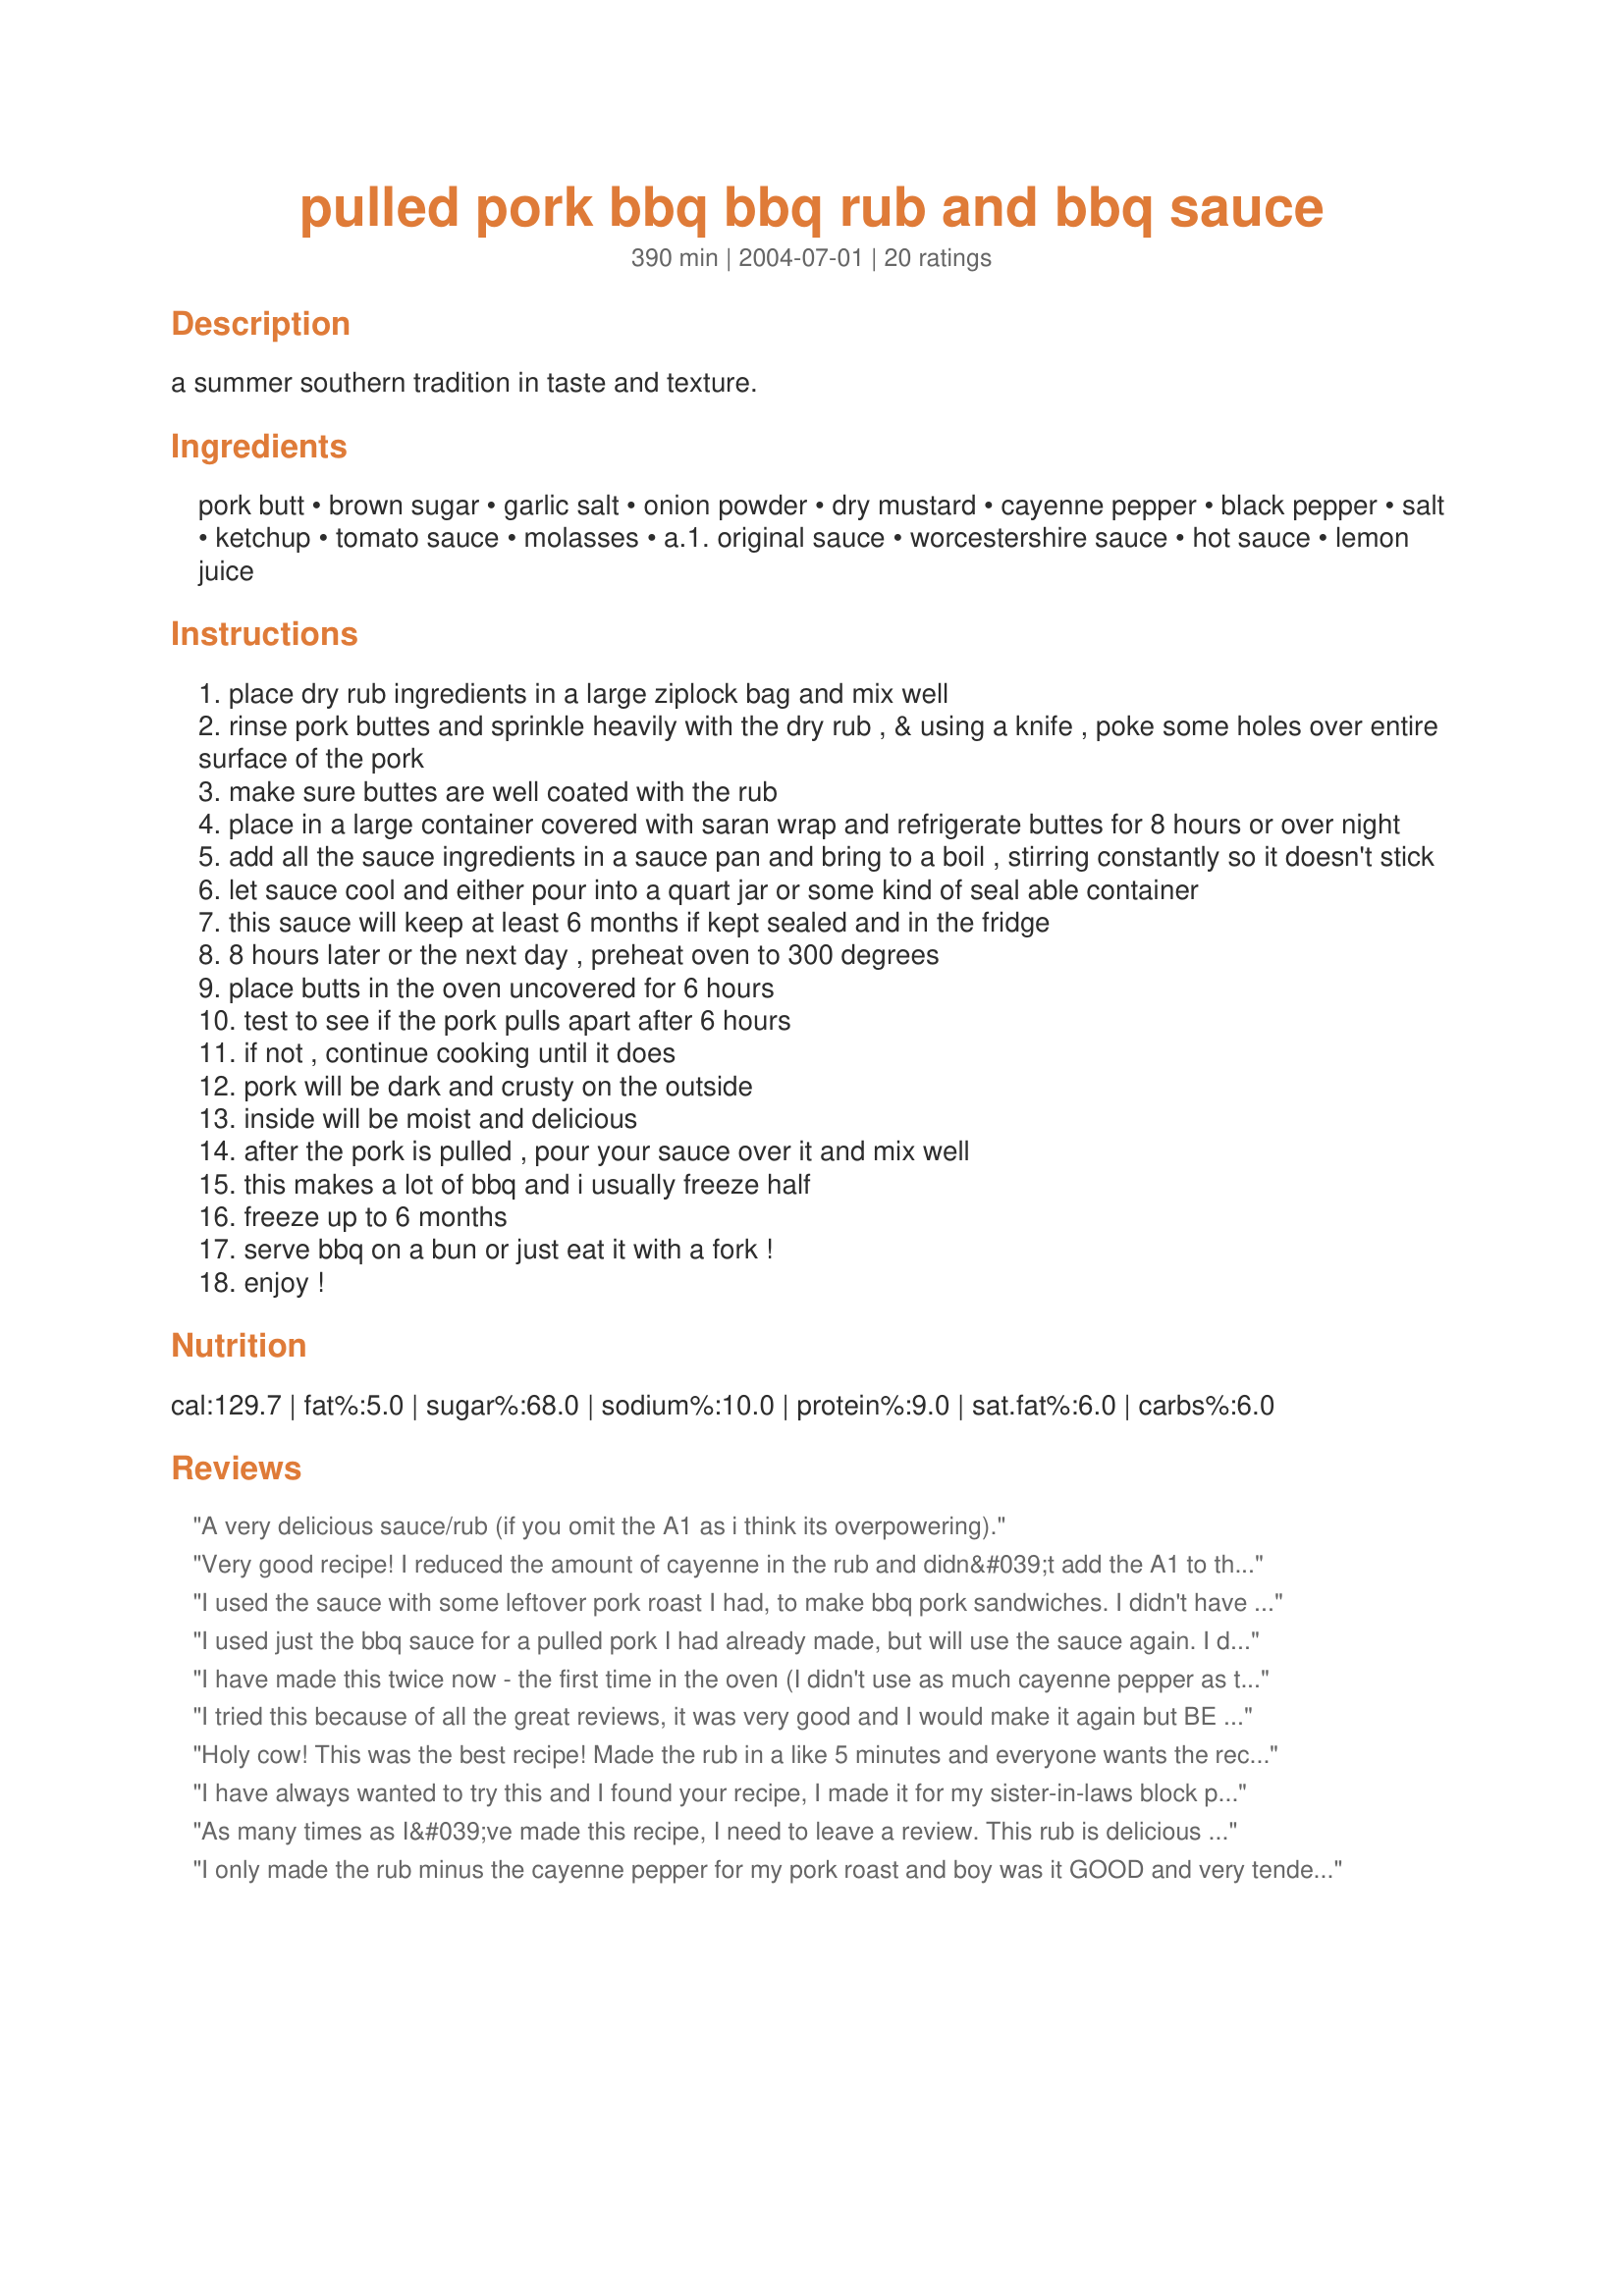
pulled pork bbq bbq rub and bbq sauce
Preparation time: 390 minutes

a summer southern tradition in taste and texture.

Ingredients:
pork butt, brown sugar, garlic salt, onion powder, dry mustard, cayenne pepper, black pepper, salt, ketchup, tomato sauce, molasses, a.1. original sauce, worcestershire sauce, hot sauce, lemon juice

Steps:
place dry rub ingredients in a large ziplock bag and mix well
rinse pork buttes and sprinkle heavily with the dry rub , & using a knife , poke some holes over entire surface of the pork
make sure buttes are well coated with the rub
place in a large container covered with saran wrap and refrigerate buttes for 8 hours or over night
add all the sauce ingredients in a sauce pan and bring to a boil , stirring constantly so it doesn't stick
let sauce cool and either pour into a quart jar or some kind of seal able container
this sauce will keep at least 6 months if kept sealed and in the fridge
8 hours later or the next day , preheat oven to 300 degrees
place butts in the oven uncovered for 6 hours
test to see if the pork pulls apart after 6 hours
if not , continue cooking until it does
pork will be dark and crusty on the outside
inside will be moist and delicious
after the pork is pulled , pour your sauce over it and mix well
this makes a lot of bbq and i usually freeze half
freeze up to 6 months
serve bbq on a bun or just eat it with a fork !
enjoy !

Reviews:
A very delicious sauce/rub (if you omit the A1 as i think its overpowering).
Very good recipe! I reduced the amount of cayenne in the rub and didn&#039;t add the A1 to the sauce. The sauce was very sweet, so would probably reduce the molasses and brown sugar next time. Make in the crock pot for a hot summer day&#039;s dinner!
I used the sauce with some leftover pork roast I had, to make bbq pork sandwiches. I didn't have any molasses so I used honey instead, though 1/2 as much. It tasted really good, but pretty sweet. It could probably used a tad less brown sugar and/or molasses. Other than that, it was pretty tasty!
I used just the bbq sauce for a pulled pork I had already made, but will use the sauce again. I did find it too sweet and would reduce the molasses down to 3/4 or even a 1/2 cup and that would be plenty sweet for a general sauce. 

Simple and I already had pretty much everything in my fridge. I didn't find that the sauce was hot at all and could easily stand more heat.
I have made this twice now - the first time in the oven (I didn't use as much cayenne pepper as the recipe called for); brought it to work for my co-worker &quot;guinea pigs&quot; to try and WE ALL LOVED IT. Then I did the same thing for a church choir practice except I smoked the pork butt at 225 degrees for an hour per pound of port butt. EVEN BETTER. The leftovers came to work with me and the crew liked it even more. This is a simple to follow - fairly painless recipe to use and I would share this recipe with anyone who asked for it because it is REALLY GOOD!!!
I tried this because of all the great reviews, it was very good and I would make it again but BE WARNED !! this sauce is WAY TO SWEET !!! Unless you like eating pure sugar, the brown sugar and molasses should be cut in half,the sweetness killed the sauce it was horrible. But the base of the sauce was good, and if cut in half is wonderful! I am an expierenced cook but found this very easy although I put the pork in the crock pot and cooked it and then added the sauce. But Donna thank you because when the sugar is cut in half it is WONDERFUL !! Thank you
Holy cow! This was the best recipe! Made the rub in a like 5 minutes and everyone wants the recipe. Never have I made an easier dinner! Fantastic flavor and the pulled pork was like butter it was sooo tender and delicious! What a great 4th of July we had! The sauce was incredible. If you can't make this, make reservations cause you can't cook. I'll never make a Boston Butt any other way again.

Thank you, thank you, thank you!!!
I have always wanted to try this and I found your recipe, I made it for my sister-in-laws block party and it was a hit, very simple to make and very moist we all loved it thanks Donna from NEW YORK
As many times as I&#039;ve made this recipe, I need to leave a review. This rub is delicious and I haven&#039;t made pork in my crock in years! My BF loves it and requests that I make it this way every time I talk about making pulled pork. The only thing I did differently was add a bottle of beer that I like (Columbus Pale Ale or Wheat Ale) around the pork before sticking it in the oven and I cover it for about 3 or 4 hours then uncover the rest of the cooking time. The outside is still dark and crispy, falls apart and is super moist! I don&#039;t make the BBQ sauce as we prefer sweet baby rays cola-q and just put some on top of our sandwiches.
I only made the rub minus the cayenne pepper for my pork roast and boy was it GOOD and very tender! I will make this often and try the sauce next time as well. Thanks!
Absolutely delicious. My whole family loved this. It just melts in your mouth it is so tender.
I made this for my sons 30th birthday party. The guests thought it came from a local BBQ restarant that has the best BBQ in this area. Best BBQ recipe I have ever used.
Donna, Donna, Donna...thank you so very much for sharing such a wonderful recipe. It deserves 10 stars. I did the rub as written but I put it in the crock pot instead because there was a family emergency. When I got home, I added the sauce and shredded the pork. Wowwww!! Best sauce ever. Best pulled pork ever and I am such a picky eater. thanks again.
Incredible recipe! My mouth watered the whole time it was in the oven, I made hamburger buns (recipe #80413) to serve the pork "sandwich style" and tinfoiled some onions (recipe #93720)- dinner was a hit.
This was delish! My first time making pulled pork, my first time using a rub, and definately my first time making homemade bbq sauce! I'm a "new" cook, and this recipe was easy to follow, and turned out perfect! My husband loved it, and he is a very picky eater. Thanks so much!!
I'm only rating the sauce, but Wow, it was really good! I used it for pork ribs and got rave reviews. I just used the cheap pork ribs, slow cooked with steak seasoning and seasoning salt. I drained off the fat and basted the ribs with this sauce and put them back in the oven for 15 minutes. We then took them to my in-laws, where my BIL put the ribs on the BBQ and basted them with more sauce. Every person who ate them loved them! I'm getting ready to make the sauce again for pork strips slow cooked in the crock pot. This is definitely a keeper that I'm sure I'll be using often. Thank you!
The only problem with this recipe is waiting the 6 hours with the scrumpious smell permeating the house. I generally make this on days I can be out doing yard work or outside on the deck while it cooks. Thanks for the recipe it is one of my all time favorites
OMG!!! I have never made pulled anything BBQ before. The ratings for this recipe is why I chose this one. I had not ever made anything like this before. The directions were so easy to follow, the ingredients (yum) were easy. My only change is I used 3/4 of brown sugar and 3/4 of molasses for the sauce and 3/4 brown sugar for the rub. Just a fraction too sweet for me. My husband and children could not eat enough. We are limiting ourselves to fix it only once a month so as to not burn out on it. AWESOME!!! Thank you!
I have made this 3 or 4 times now and each time is just as good as the first. The family cant get enough. In the sauce I used cayenne pepper rather than hot sauce, and it adds just a little more kick to where the kids complain but still eat every last bite.
I quartered the rub recipe to put on some boneless country ribs I just threw in the crockpot. Boy were they spicy!!! I would probably use less cayenne next time because I've got wee ones who don't appreciate it as I do, but FANTASTIC flavor! I made a whole batch of the sauce and was very glad I did. Had a WONDERFUL flavor. We used this in a BBQ salad (lettuce, cheddar, bacon, cucumbers) that was tossed with a bit of the BBQ Sauce; my version of a salad at Famous Dave's BBQ joint. YUMMY! Thanks for a great recipe...I'll definitely use this again!
